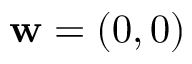
\mathbf { w } = ( 0 , 0 )